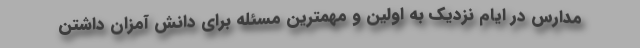
مدارس در ایام نزدیک به اولین و مهمترین مسئله برای دانش آمزان داشتن